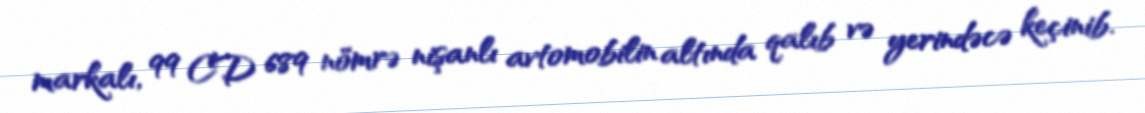
markalı, 99 CD 689 nömrə nişanlı avtomobilin altında qalıb və yerindəcə keçinib.